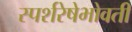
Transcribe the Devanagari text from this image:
स्पर्शरेषेभोवती